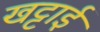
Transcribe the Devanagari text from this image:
खट्टाई